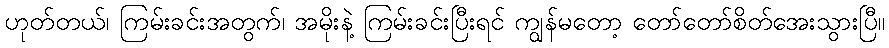
ဟုတ်တယ်၊ ကြမ်းခင်းအတွက်၊ အမိုးနဲ့ ကြမ်းခင်းပြီးရင် ကျွန်မတော့ တော်တော်စိတ်အေးသွားပြီ။